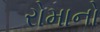
રોમાનો